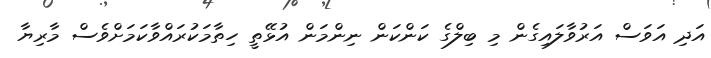
އަދި އަވަސް އަރުވާލައިގެން މި ބިލްގެ ކަންކަން ނިންމަން އުޅޭތީ ހިތާމަކުރައްވާކަމަށްވެސް މާރިޔާ